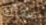
صلاتك